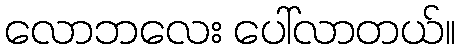
လောဘလေး ပေါ်လာတယ်။